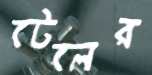
টেলের